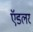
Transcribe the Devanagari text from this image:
ऍडलर